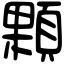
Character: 顆